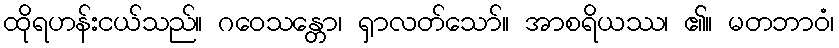
ထိုရဟန်းငယ်သည်။ ဂဝေသန္တော၊ ရှာလတ်သော်။ အာစရိယဿ၊ ၏။ မတဘာဝံ၊